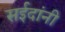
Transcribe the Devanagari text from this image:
सईदांनी